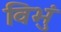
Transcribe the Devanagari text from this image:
विभुं